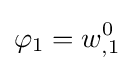
\varphi _{1}=w_{,1}^{0}